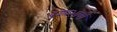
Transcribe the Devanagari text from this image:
दुश्प्रभावों